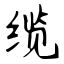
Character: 缆